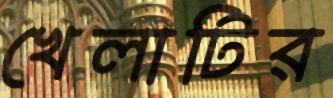
খেলাটির